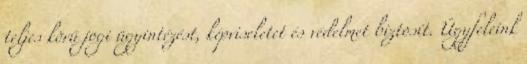
teljes körű jogi ügyintézést, képviseletet és védelmet biztosít. Ügyfeleink